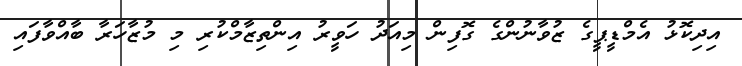
އިދިކޮޅު އެމްޑީޕީގެ ޒުވާނުންގެ ގޮފިން މިއަދު ހަވީރު އިންތިޒާމްކުރި މި މުޒާހަރާ ބާއްވާފައި